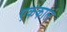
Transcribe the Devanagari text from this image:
एककालं